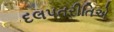
દલપતરીતિએ